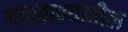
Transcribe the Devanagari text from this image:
गावठाण्यातील